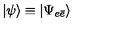
| \psi \rangle \equiv | \Psi _ { e \bar { e } } \rangle